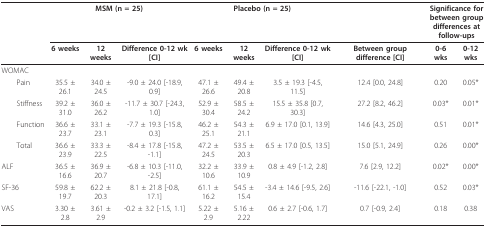
<table><thead><tr><td></td><td colspan="3"><b>MSM (n = 25)</b></td><td colspan="3"><b>Placebo (n = 25)</b></td><td></td><td colspan="2"><b>Significance for between group differences at follow-ups</b></td></tr><tr><td></td><td><b>6 weeks</b></td><td><b>12 weeks</b></td><td><b>Difference 0-12 wk [CI]</b></td><td><b>6 weeks</b></td><td><b>12 weeks</b></td><td><b>Difference 0-12 wk [CI]</b></td><td><b>Between group difference [CI]</b></td><td><b>0-6 wks</b></td><td><b>0-12 wks</b></td></tr></thead><tbody><tr><td>WOMAC</td><td></td><td></td><td></td><td></td><td></td><td></td><td></td><td></td><td></td></tr><tr><td> Pain</td><td>35.5 ± 26.1</td><td>34.0 ± 24.5</td><td>-9.0 ± 24.0 [-18.9, 0.9]</td><td>47.1 ± 26.6</td><td>49.4 ± 20.8</td><td>3.5 ± 19.3 [-4.5, 11.5]</td><td>12.4 [0.0, 24.8]</td><td>0.20</td><td>0.05*</td></tr><tr><td> Stiffness</td><td>39.2 ± 31.0</td><td>36.0 ± 26.2</td><td>-11.7 ± 30.7 [-24.3, 1.0]</td><td>52.9 ± 30.4</td><td>58.5 ± 24.2</td><td>15.5 ± 35.8 [0.7, 30.3]</td><td>27.2 [8.2, 46.2]</td><td>0.03*</td><td>0.01*</td></tr><tr><td> Function</td><td>36.6 ± 23.7</td><td>33.1 ± 23.1</td><td>-7.7 ± 19.3 [-15.8, 0.3]</td><td>46.2 ± 25.1</td><td>54.3 ± 21.1</td><td>6.9 ± 17.0 [0.1, 13.9]</td><td>14.6 [4.3, 25.0]</td><td>0.51</td><td>0.01*</td></tr><tr><td> Total</td><td>36.6 ± 23.9</td><td>33.3 ± 22.5</td><td>-8.4 ± 17.8 [-15.8, -1.1]</td><td>47.2 ± 24.5</td><td>53.5 ± 20.3</td><td>6.5 ± 17.0 [0.5, 13.5]</td><td>15.0 [5.1, 24.9]</td><td>0.26</td><td>0.00*</td></tr><tr><td>ALF</td><td>36.5 ± 16.6</td><td>36.9 ± 20.7</td><td>-6.8 ± 10.3 [-11.0, -2.5]</td><td>32.2 ± 10.6</td><td>33.9 ± 10.9</td><td>0.8 ± 4.9 [-1.2, 2.8]</td><td>7.6 [2.9, 12.2]</td><td>0.02*</td><td>0.00*</td></tr><tr><td>SF-36</td><td>59.8 ± 19.7</td><td>62.2 ± 20.3</td><td>8.1 ± 21.8 [-0.8, 17.1]</td><td>61.1 ± 16.2</td><td>54.5 ± 15.4</td><td>-3.4 ± 14.6 [-9.5, 2.6]</td><td>-11.6 [-22.1, -1.0]</td><td>0.52</td><td>0.03*</td></tr><tr><td>VAS</td><td>3.30 ± 2.8</td><td>3.61 ± 2.9</td><td>-0.2 ± 3.2 [-1.5, 1.1]</td><td>5.22 ± 2.9</td><td>5.16 ± 2.22</td><td>0.6 ± 2.7 [-0.6, 1.7]</td><td>0.7 [-0.9, 2.4]</td><td>0.18</td><td>0.38</td></tr></tbody></table>